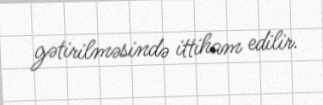
gətirilməsində ittiham edilir.